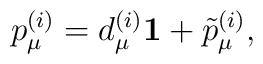
p_{\mu}^{(i)}=d_{\mu}^{(i)}{\bf 1} +\tilde{p}_{\mu}^{(i)},